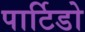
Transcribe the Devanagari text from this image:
पार्टिडो